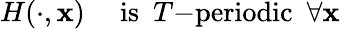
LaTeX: H(\cdot,\mathbf{x})\ \ \ \ \ \mathrm{{is}}\ \ T\mathrm{{-periodic}}\ \ \forall\mathbf{x}